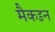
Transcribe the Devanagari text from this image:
मैकइन